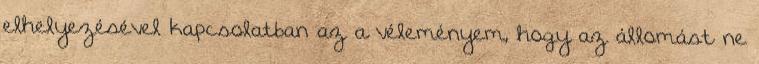
elhelyezésével kapcsolatban az a véleményem, hogy az állomást ne